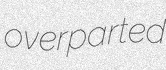
overparted